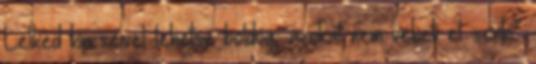
Lelked kincseivel lehetsz boldog, azokat nem veheti el senki”